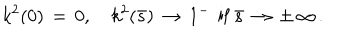
k ^ { 2 } ( 0 ) \, = \, 0 , \quad k ^ { 2 } ( \bar { s } ) \, \to \, 1 ^ { - } \, \mathrm { ~ i f ~ } \bar { s } \, \to \, \pm \, \infty \, { . }